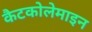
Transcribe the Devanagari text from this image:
कैटकोलेमाइन